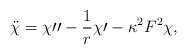
\begin{align*}\ddot{\chi }=\chi \prime \prime -\frac{1}{r}\chi \prime -\kappa ^{2}F^{2}\chi ,\end{align*}